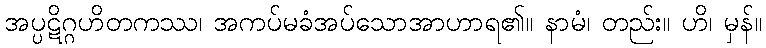
အပ္ပဋိဂ္ဂဟိတကဿ၊ အကပ်မခံအပ်သောအာဟာရ၏။ နာမံ၊ တည်း။ ဟိ၊ မှန်။